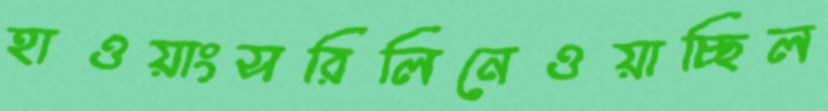
হাওয়াংসরিলিনেওয়াচ্ছিল